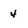
Character: 4